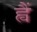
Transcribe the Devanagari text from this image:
ह्वैं